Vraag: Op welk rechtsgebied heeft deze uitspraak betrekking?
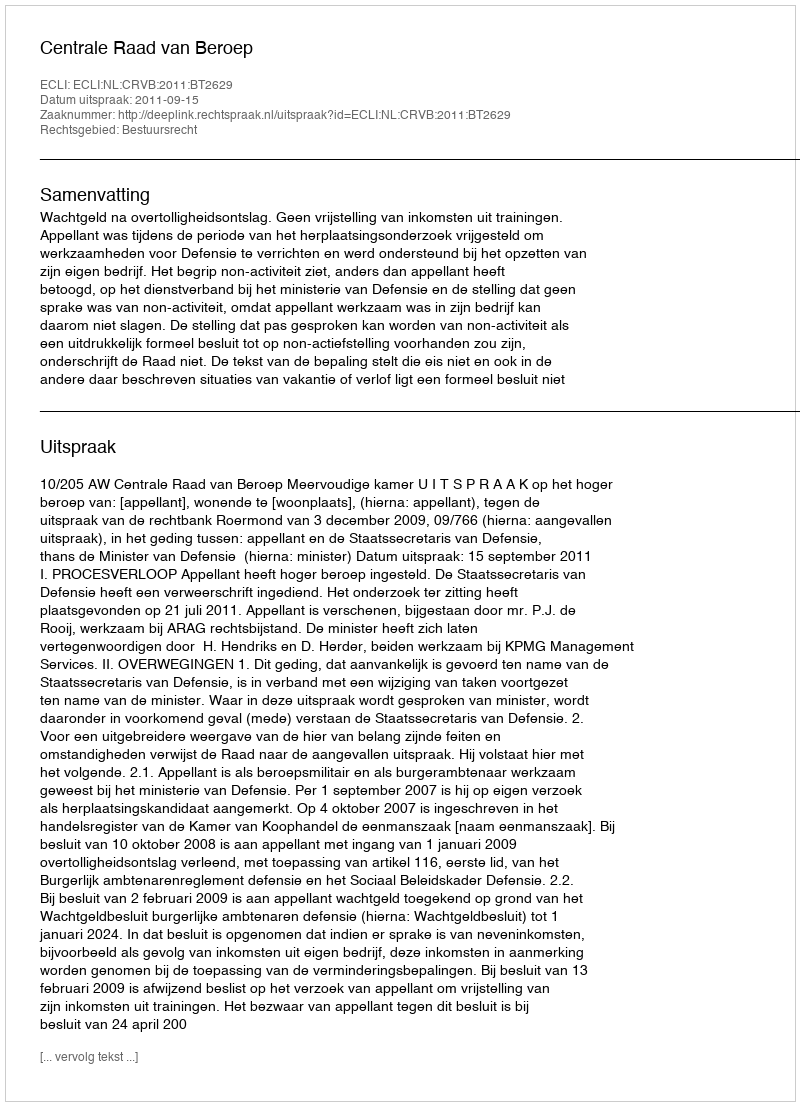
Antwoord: Bestuursrecht